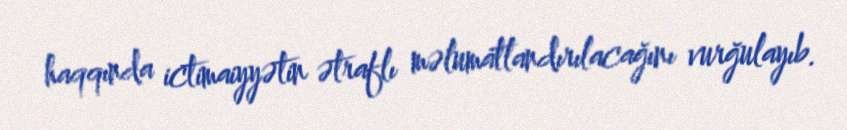
haqqında ictimaiyyətin ətraflı məlumatlandırılacağını vurğulayıb.